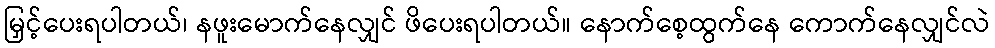
မြှင့်ပေးရပါတယ်၊ နဖူးမောက်နေလျှင် ဖိပေးရပါတယ်။ နောက်စေ့ထွက်နေ ကောက်နေလျှင်လဲ